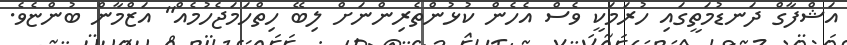
އަޝްފާގް ދަނޑުމަތީގައި ހުރަމަކީ ވެސް އެހެން ކުޅުންތެރިންނަށް ލިބޭ ހިތްހަމަޖެހުމެއް" އަޒްމާން ބުންޏެވެ.